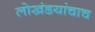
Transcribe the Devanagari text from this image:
लोखंडयांचाच